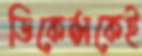
ডিকেন্সকেই